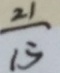
\frac { 2 1 } { 1 5 }